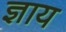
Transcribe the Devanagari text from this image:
ज्ञाय